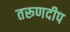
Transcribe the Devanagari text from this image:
तरूणदीप